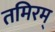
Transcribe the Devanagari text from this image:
तमिरम्